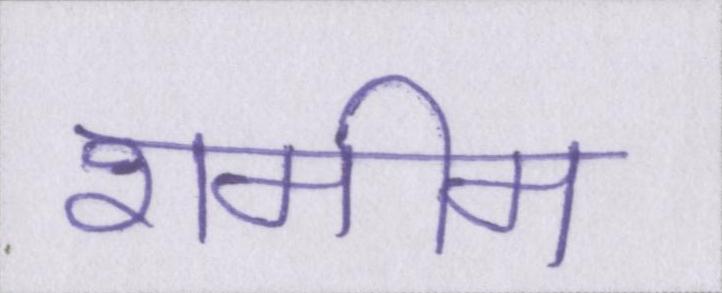
शमीम